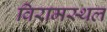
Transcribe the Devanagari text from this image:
विरामस्थल